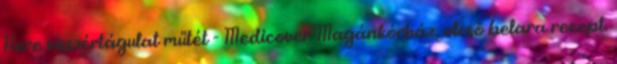
Here visszértágulat műtét - Medicover Magánkórház, olcsó belara recept.